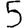
Digit: 5